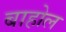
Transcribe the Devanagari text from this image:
बाहोल